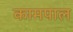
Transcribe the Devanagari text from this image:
कामपाल